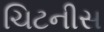
ચિટનીસ